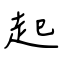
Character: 起